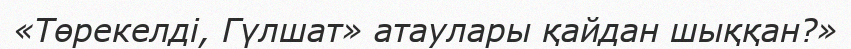
«Төрекелді, Гүлшат» атаулары қайдан шыққан?»